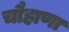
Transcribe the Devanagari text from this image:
चौहाणा